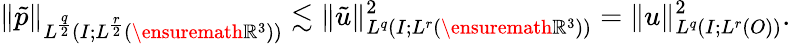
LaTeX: \| \tilde{p}\| _{L^{\frac{q}{2}}(I;L^{\frac{r}{2}}(\ensuremath{\mathbb{R}}^{3}))}\lesssim\| \tilde{u}\| _{L^{q}(I;L^{r}(\ensuremath{\mathbb{R}}^{3}))}^{2}=\| u\| _{L^{q}(I;L^{r}(O))}^{2}.